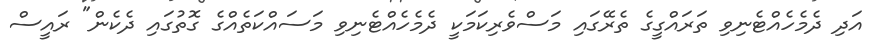
އަދި ދެމެހެއްޓެނިވި ތަރައްގީގެ ތެރޭގައި މަސްވެރިކަމަކީ ދެމެހެއްޓެނިވި މަސައްކަތެއްގެ ގޮތުގައި ދެކެން" ރައީސް